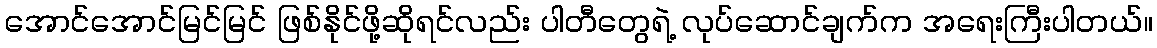
အောင်အောင်မြင်မြင် ဖြစ်နိုင်ဖို့ဆိုရင်လည်း ပါတီတွေရဲ့ လုပ်ဆောင်ချက်က အရေးကြီးပါတယ်။